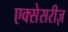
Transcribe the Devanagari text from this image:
एक्सेसरीज़